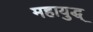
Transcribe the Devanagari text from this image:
महायुद्ध्